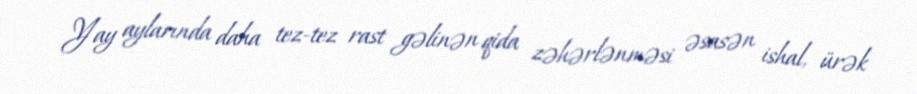
Yay aylarında daha tez-tez rast gəlinən qida zəhərlənməsi əsasən ishal, ürək